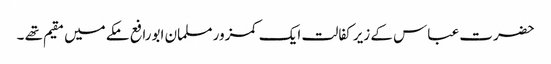
حضرت عباس کے زیر کفالت ایک کمزور مسلمان ابورافع مکے میں مقیم تھے ۔